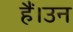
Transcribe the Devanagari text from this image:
हैं।उन